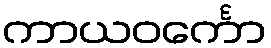
ကာယဝင်္ကော